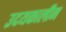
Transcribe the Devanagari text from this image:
उदयकालीन